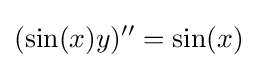
(\sin(x)y)''=\sin(x)